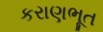
કરાણભૂત